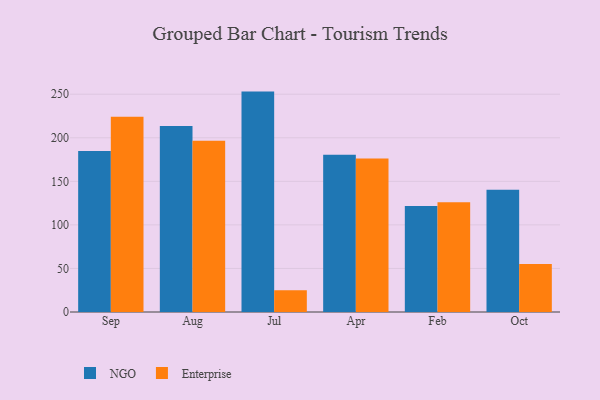
{"axis": {"x": "Month", "y": "Energy Usage (MWh)"}, "legend": ["Enterprise", "NGO"], "data": [{"x": "Sep", "y": 184.7, "type": "NGO"}, {"x": "Sep", "y": 224.1, "type": "Enterprise"}, {"x": "Aug", "y": 213.6, "type": "NGO"}, {"x": "Aug", "y": 196.6, "type": "Enterprise"}, {"x": "Jul", "y": 253.0, "type": "NGO"}, {"x": "Jul", "y": 24.9, "type": "Enterprise"}, {"x": "Apr", "y": 180.5, "type": "NGO"}, {"x": "Apr", "y": 176.2, "type": "Enterprise"}, {"x": "Feb", "y": 121.7, "type": "NGO"}, {"x": "Feb", "y": 126.0, "type": "Enterprise"}, {"x": "Oct", "y": 140.2, "type": "NGO"}, {"x": "Oct", "y": 55.0, "type": "Enterprise"}]}